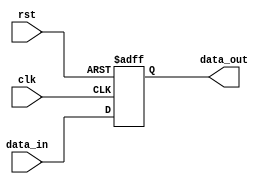
`timescale 1ns / 1ps
//////////////////////////////////////////////////////////////////////////////////
// Company: 
// Engineer: 
// 
// Design Name: 
// Module Name: register
// Project Name: 
// Target Devices: 
// Tool Versions: 
// Description: 
// 
// Dependencies: 
// 
// Revision:
// Revision 0.01 - File Created
// Additional Comments:
// 
//////////////////////////////////////////////////////////////////////////////////


module register (clk, rst, data_in, data_out
    );
    
    parameter WORD_SIZE = 8;
    input clk;
    input rst;
    input [WORD_SIZE-1:0] data_in;
    output reg [WORD_SIZE-1:0] data_out;
    
    always @(posedge rst or posedge clk) begin
        if (rst) begin
            data_out <= {WORD_SIZE{1'b0} };
        end else begin
            data_out <= data_in;          
        end
    
    end
    
endmodule